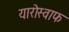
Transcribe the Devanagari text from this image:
यारोस्वाफ